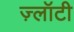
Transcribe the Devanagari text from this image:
ज़्लॉटी